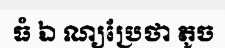
ធំ ឯ ណ្យប្រែថា តូច